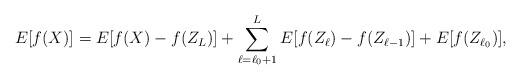
LaTeX: \begin{align*} E [f(X)] = E [f(X) - f(Z_{L})] + \sum_{\ell = \ell_0 + 1}^L E[ f(Z_{\ell}) - f(Z_{\ell - 1})] + E [ f(Z_{\ell_0}) ], \end{align*}